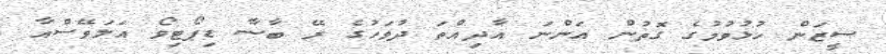
ސީޒަން ހުޅުވުމުގެ ގޮތުން އަންނަ އާދިއްތަ ދުވަހުގެ ރޭ ބާސާ ޑިޕޯޓިވޯ އަލަވޭސްއާ